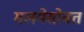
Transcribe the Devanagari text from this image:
मलयेसोबत